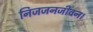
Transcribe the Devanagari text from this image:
निजजनजीवन।